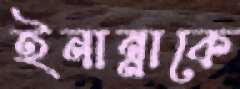
ইনান্নাকে